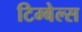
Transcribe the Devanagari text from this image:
टिम्बेल्स